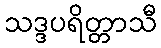
သဒ္ဒပရိတ္တာသီ